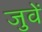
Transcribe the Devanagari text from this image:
जुवें